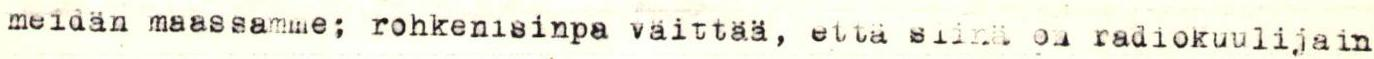
meidän maassamme; rohkenisinpa väittää, että siinä on radiokuulijain